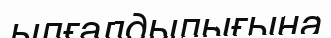
ылғалдылығына